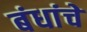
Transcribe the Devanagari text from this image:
बंधांचे